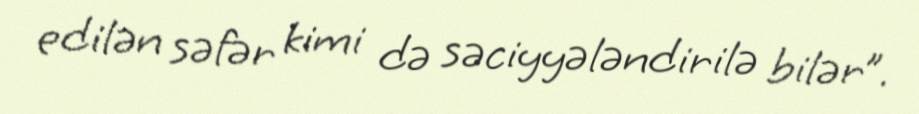
edilən səfər kimi də səciyyələndirilə bilər”.